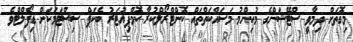
މިގޮތަށް ދިމާވީ ސްޓޭޝަންގެ މުހިންމު މަސައްކަތްތައް ކޮންޓްރޯލްކުރާ ކޮމްޕިއުޓަރު ބެކަޕް ސިސްޓަމަކަށް ޑިފޯލްޓްވެ